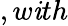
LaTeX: ,w\mathit{i}th